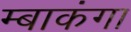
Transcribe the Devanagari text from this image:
म्बाकंगा